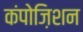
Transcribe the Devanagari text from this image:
कंपोज़िशन